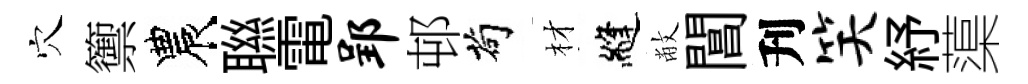
穴籞農聮電郢邨茍材縫敝閶刋笑紓蕖